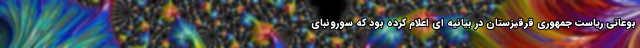
بوعاتی ریاست جمهوری قرقیزستان در بیانیه ای اعلام کرده بود که سورونبای